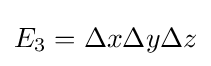
E_{3}=\Delta x\Delta y\Delta z